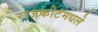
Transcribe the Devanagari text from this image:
राजकोटमधले